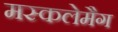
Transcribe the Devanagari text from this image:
मस्कलेमैग